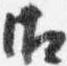
御